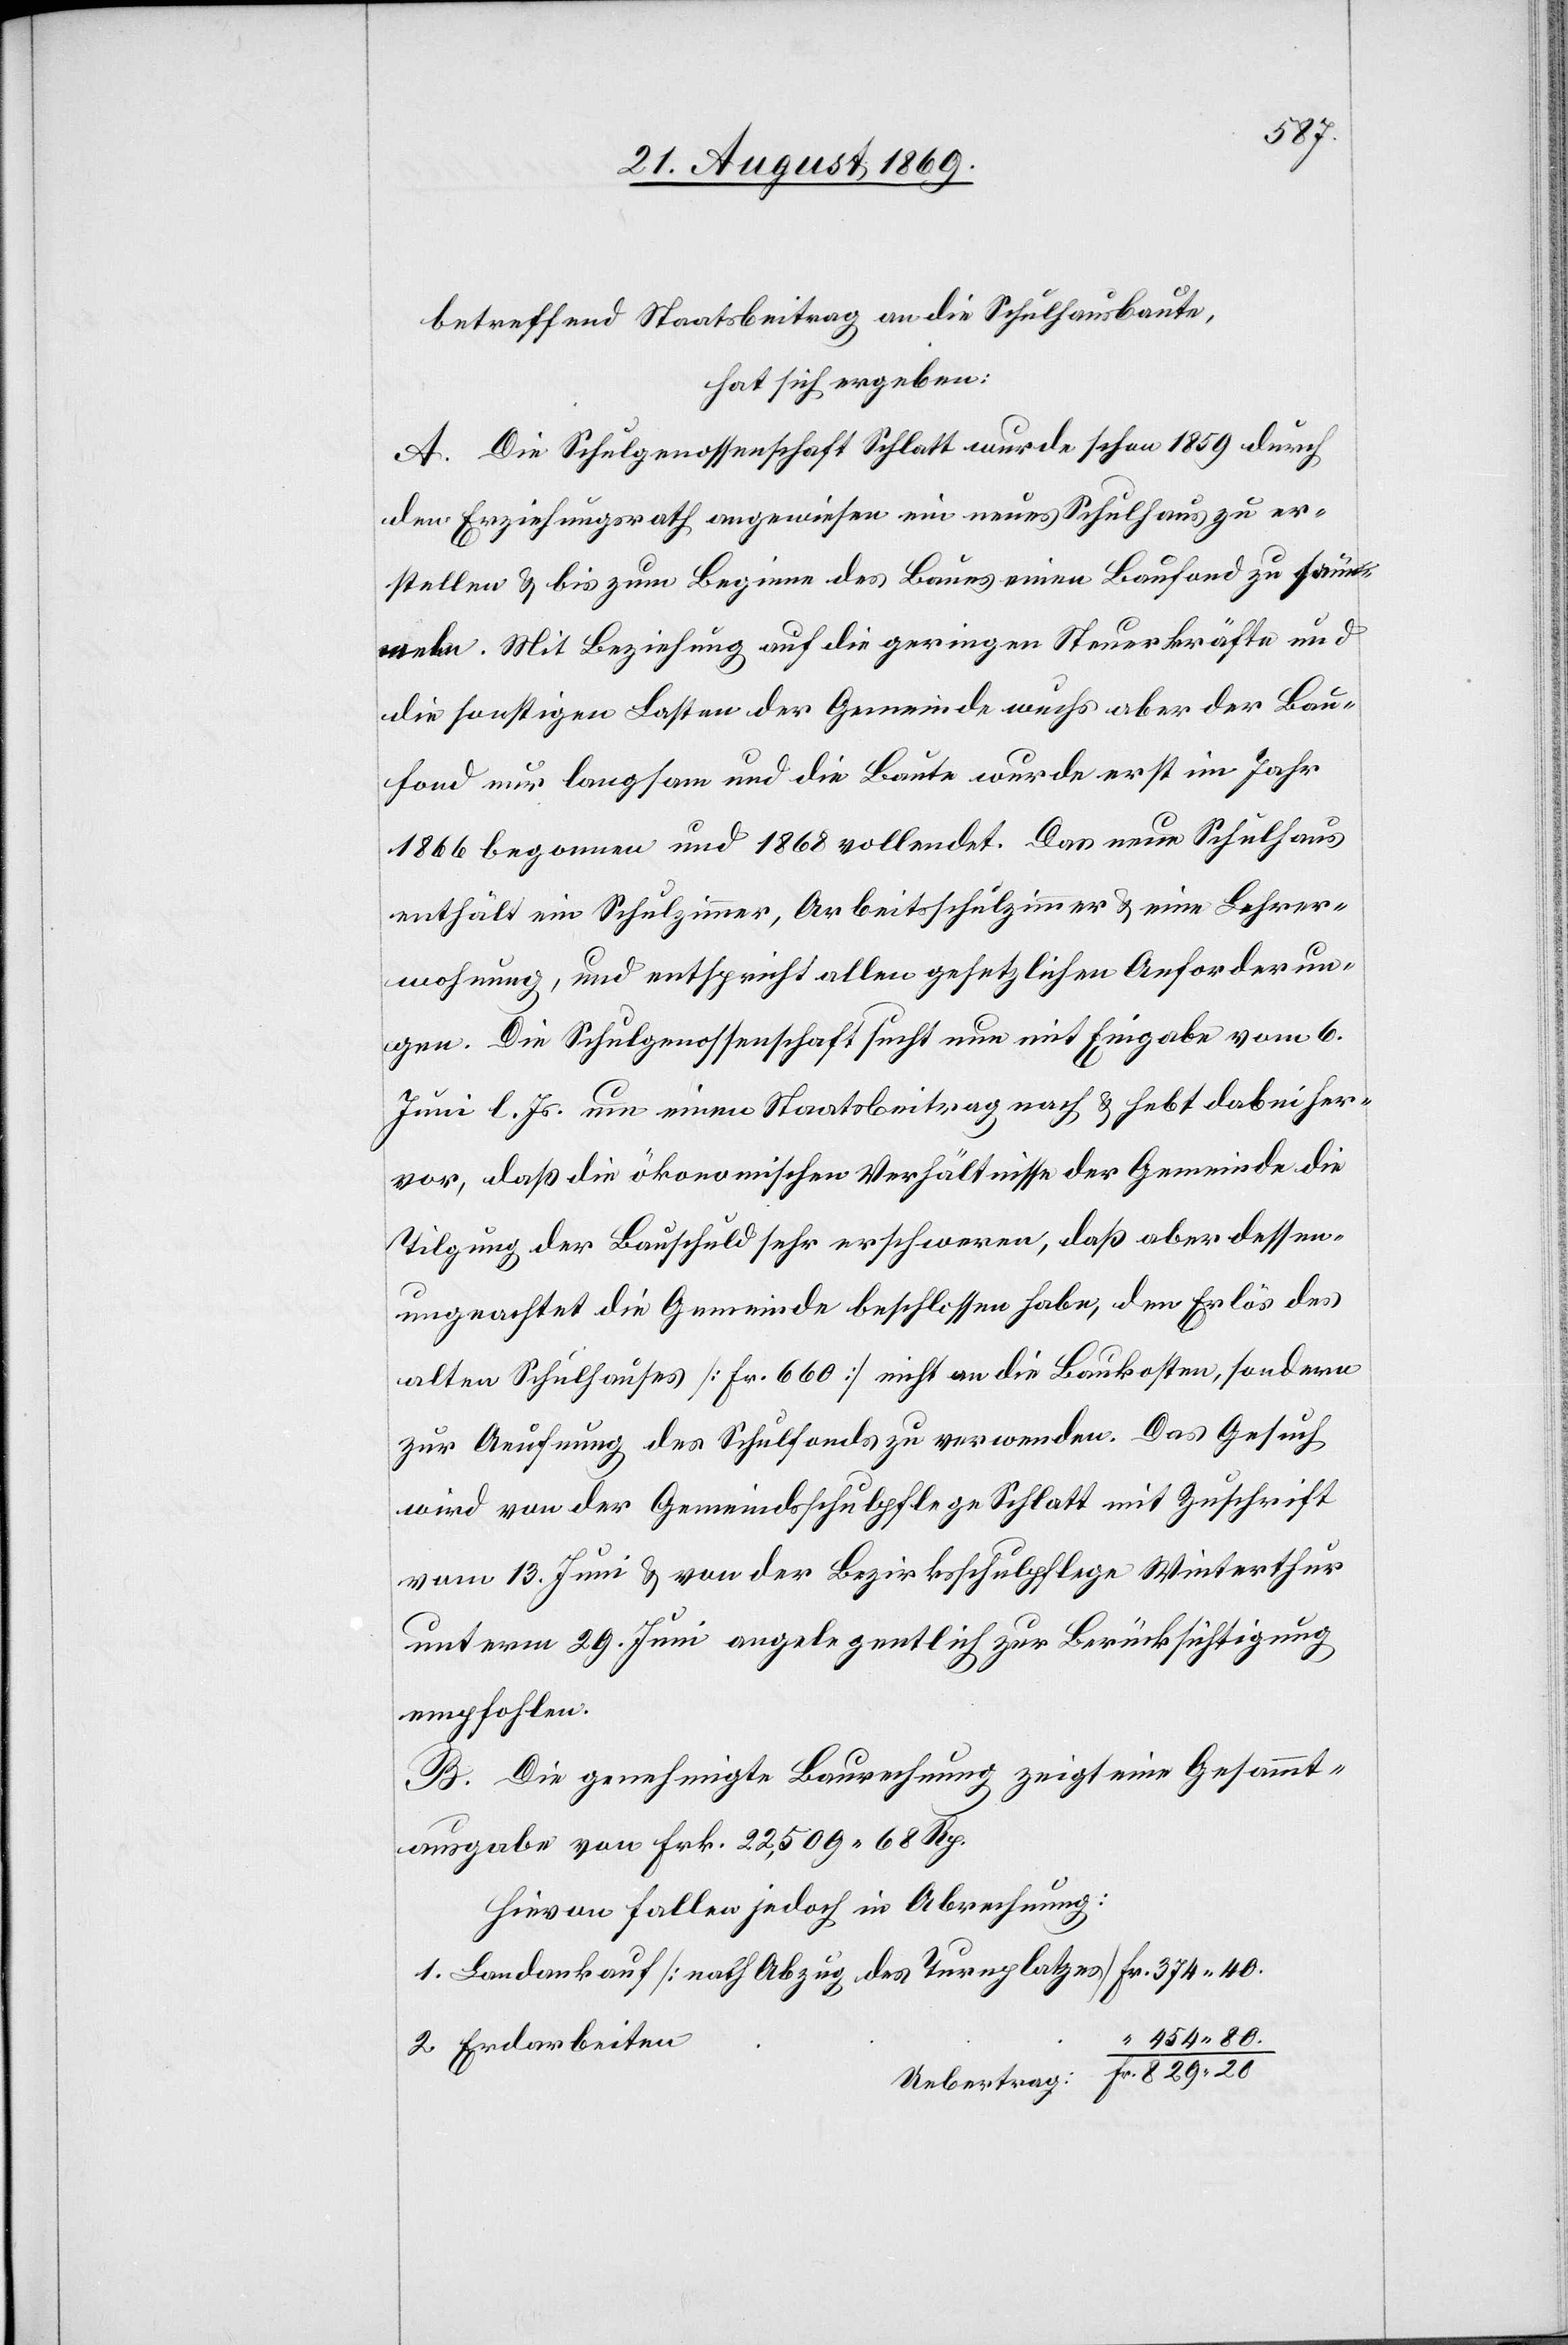
374
betreffend Staatsbeitrag an die Schulhausbaute,
hat sich ergeben:
A. Die Schulgenossenschaft Schlatt wurde schon 1859 durch
den Erziehungsrath angewiesen ein neues Schulhaus zu er¬
stellen & bis zum Beginne des Baues einen Baufond zu sam¬
meln. Mit Beziehung auf die geringen Steuerkräfte und
die sonstigen Lasten der Gemeinde wuchs aber der Bau¬
fond nur langsam und die Baute wurde erst im Jahr
1866 begonnen und 1868 vollendet. Das neue Schulhaus
enthält ein Schulzimmer, Arbeitsschulzimmer & eine Lehrer¬
wohnung, und entspricht allen gesetzlichen Anforderun¬
gen. Die Schulgenossenschaft sucht nun mit Eingabe vom 6.
Juni l. Js. um einen Staatsbeitrag nach & hebt dabei her¬
vor, daß die ökonomischen Verhältnisse der Gemeinde die
Tilgung der Bauschuld sehr erschweren, daß aber dessen
2.
ungeachtet die Gemeinde beschlossen habe, den Erlös des
alten Schulhauses [Fr. 660] nicht an die Baukosten, sondern
zur Aeufnung des Schulfonds zu verwenden. Das Gesuch
wird von der Gemeindsschulpflege Schlatt mit Zuschrift
vom 13. Juni & von der Bezirksschulpflege Winterthur
unterm 29. Juni angelegentlich zur Berücksichtigung
empfohlen.
B. Die genehmigte Baurechnung zeigt eine Gesammt¬
ausgabe von Fr. 22,509 68 Rp.
Hievon fallen jedoch in Abrechnung:
454 80.